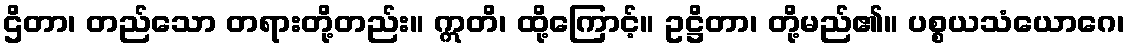
ဌိတာ၊ တည်သော တရားတို့တည်း။ ဣတိ၊ ထို့ကြောင့်။ ဥဋ္ဌိတာ၊ တို့မည်၏။ ပစ္စယသံယောဂေ၊